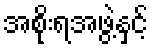
အစိုးရအဖွဲ့နှင့်